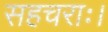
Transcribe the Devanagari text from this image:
सहचराः।